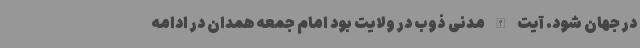
در جهان شود. آیت الله مدنی ذوب در ولایت بود امام جمعه همدان در ادامه